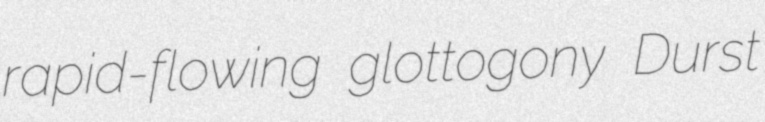
rapid-flowing glottogony Durst